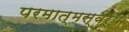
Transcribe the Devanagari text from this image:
परमात्मस्वरूप